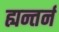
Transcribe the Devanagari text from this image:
ह्यन्तर्न